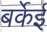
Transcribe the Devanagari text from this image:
बर्केई